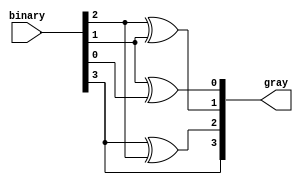
// binary_to_gray_assign.v
module binary_to_gray_assign (
    input [3:0] binary,
    output reg [3:0] gray
);

    always @(binary) begin
        gray[3] = binary[3];
        gray[2] = binary[3] ^ binary[2];
        gray[1] = binary[2] ^ binary[1];
        gray[0] = binary[1] ^ binary[0];
    end

endmodule